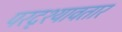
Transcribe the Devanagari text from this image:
परदृश्यावतार